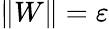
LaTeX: \| W\| =\varepsilon